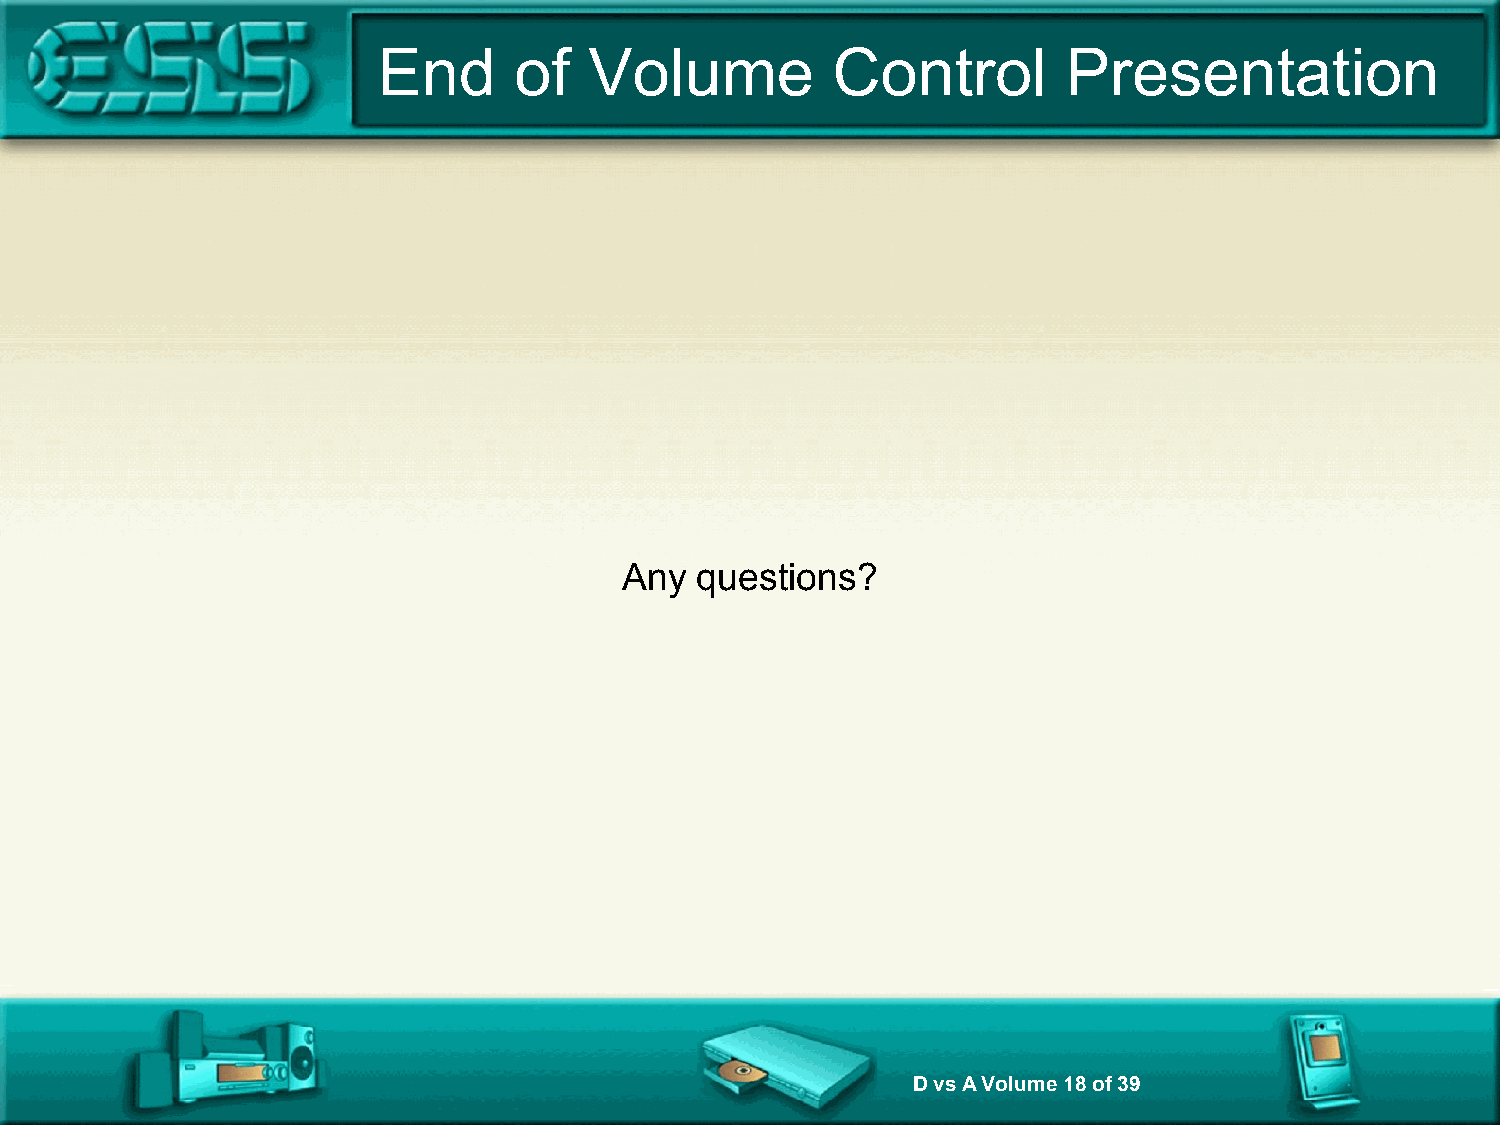
End      of   Volume          Control         Presentation
 Any  questions?
 D vs A Volume 18 of 39